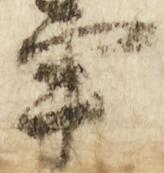
事